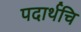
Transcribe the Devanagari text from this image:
पदार्थचि